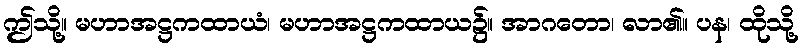
ဤသို့။ မဟာအဋ္ဌကထာယံ၊ မဟာအဋ္ဌကထာယ၌။ အာဂတော၊ လာ၏။ ပန၊ ထိုသို့